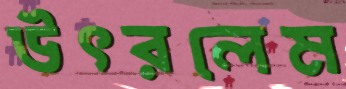
উৎরলেম